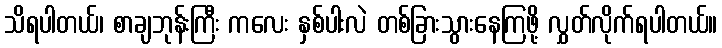
သိရပါတယ်၊ စာချဘုန်းကြီး ကလေး နှစ်ပါးလဲ တစ်ခြားသွားနေကြဖို့ လွှတ်လိုက်ရပါတယ်။